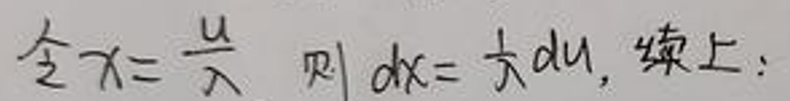
令$x = \frac{u}{\lambda}$，则$dx = \frac{1}{\lambda}du$，综上：